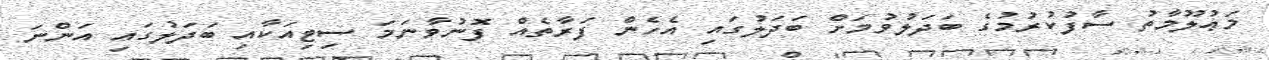
މަޢުލޫމާތު ސާފުކުރުމުގެ ބަދަލުވުމަށް ބަދަލުގައި އެހެން ފަރާތެއް ފޮނުވާނަމަ ސިޓިއަކާއި ބަދަލުގައި އަންނަ